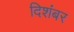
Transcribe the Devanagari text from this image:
दिशंबर